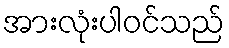
အားလုံးပါဝင်သည်